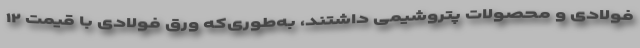
فولادی و محصولات پتروشیمی داشتند، به‌طوری‌که ورق فولادی با قیمت ۱۲